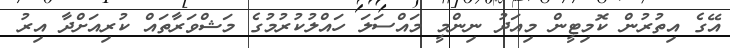
އޭގެ އިތުރުން ކޮމިޓީން މިއަދު ނިންމީ މައްސަލަ ހައްލުކުރުމުގެ މަޝްވަރާތައް ކުރިއަށްދާ އިރު